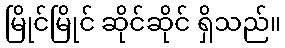
မြိုင်မြိုင် ဆိုင်ဆိုင် ရှိသည်။